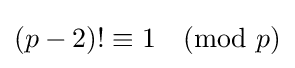
(p-2)!\equiv 1{\pmod {p}}